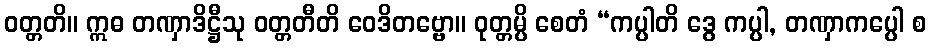
ဝတ္တတိ။ ဣဓ တဏှာဒိဋ္ဌီသု ဝတ္တတီတိ ဝေဒိတဗ္ဗော။ ဝုတ္တမ္ပိ စေတံ “ကပ္ပါတိ ဒွေ ကပ္ပါ, တဏှာကပ္ပေါ စ